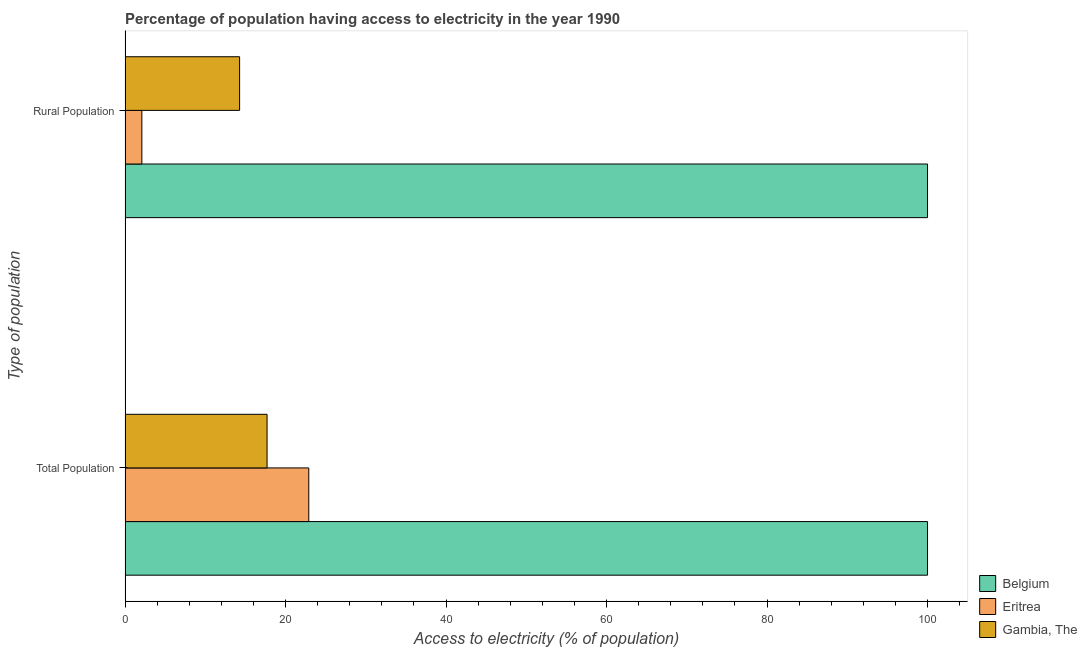
| Type of population | Belgium | Eritrea | Gambia, The |
 | --- | --- | --- | --- |
 | Total Population | 100 | 22.9 | 17.7 |
 | Rural Population | 100 | 2.1 | 14.3 |